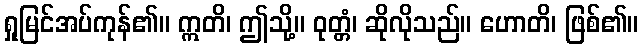
ရှုမြင်အပ်ကုန်၏။ ဣတိ၊ ဤသို့။ ဝုတ္တံ၊ ဆိုလိုသည်။ ဟောတိ၊ ဖြစ်၏။